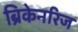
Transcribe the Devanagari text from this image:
ब्रिकेनरिज